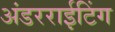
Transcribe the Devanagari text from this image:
अंडरराईटिंग